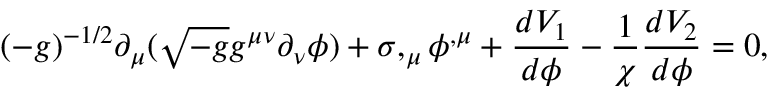
( - g ) ^ { - 1 / 2 } \partial _ { \mu } ( \sqrt { - g } g ^ { \mu \nu } \partial _ { \nu } \phi ) + \sigma , _ { \mu } \phi ^ { , \mu } + \frac { d V _ { 1 } } { d \phi } - \frac { 1 } { \chi } \frac { d V _ { 2 } } { d \phi } = 0 ,